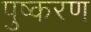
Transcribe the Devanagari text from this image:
पुष्करण